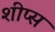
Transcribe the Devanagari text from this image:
शीप्स